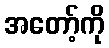
အတော့်ကို